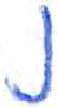
אות: נ